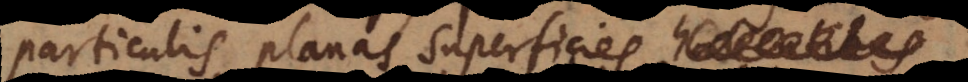
particulis planas superficies au